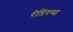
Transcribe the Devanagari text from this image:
रीडिंगच्या